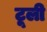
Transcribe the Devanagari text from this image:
टूली